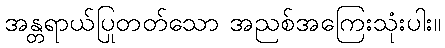
အန္တရာယ်ပြုတတ်သော အညစ်အကြေးသုံးပါး။